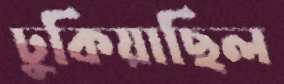
ঢুকিয়াছিল